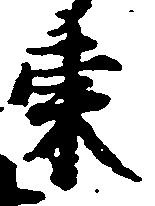
東